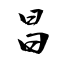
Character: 昌